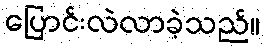
ပြောင်းလဲလာခဲ့သည်။